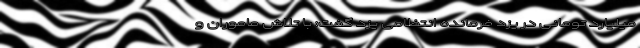
میلیارد تومانی در یزد فرمانده انتظامی یزد گفت: با تلاش ماموران و